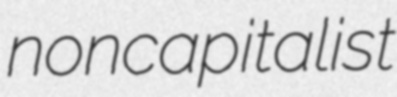
noncapitalist